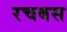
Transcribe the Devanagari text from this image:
रचबस